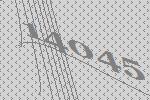
14045